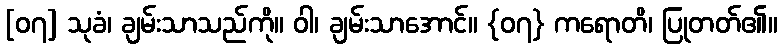
[၀၇] သုခံ၊ ချမ်းသာသည်ကို။ ဝါ၊ ချမ်းသာအောင်။ {၀၇} ကရောတိ၊ ပြုတတ်၏။